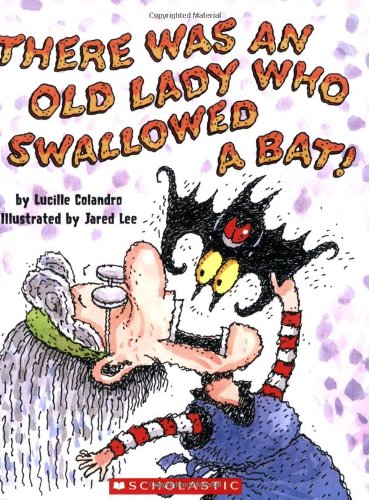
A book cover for There Was an Old Lady Who Swallowed a Bat!; Lucille Colandro; Children's Books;